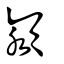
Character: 潁